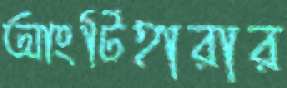
আংটিহারার